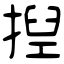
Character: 揑